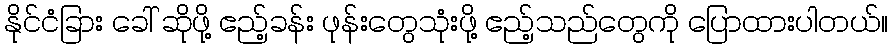
နိုင်ငံခြား ခေါ် ဆိုဖို့ ဧည့်ခန်း ဖုန်းတွေသုံးဖို့ ဧည့်သည်တွေကို ပြောထားပါတယ်။